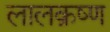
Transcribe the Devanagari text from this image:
लालक्रष्ण